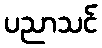
ပညာသင်